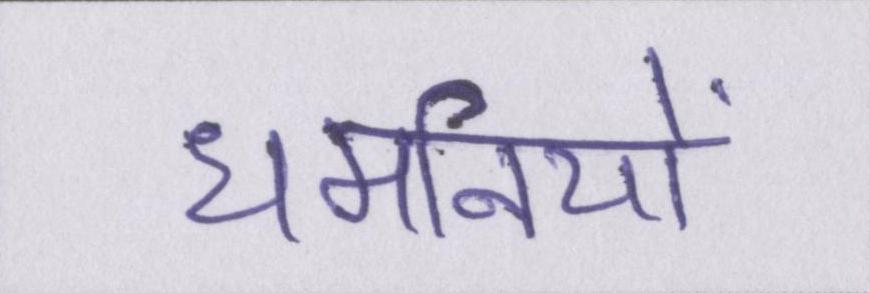
धमनियों